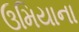
ઉમિયાના